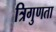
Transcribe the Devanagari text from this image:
त्रिगुणता